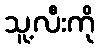
သူ့လီးကို